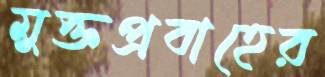
মুক্তপ্রবাহের